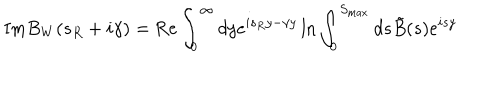
\mathrm { I m } B _ { W } ( s _ { R } + i \gamma ) = \mathrm { R e } \int _ { 0 } ^ { \infty } d y e ^ { i s _ { R } y - \gamma y } \ln { \int _ { 0 } ^ { S _ { \mathrm { m a x } } } d s \tilde { B } ( s ) e ^ { i s y } }